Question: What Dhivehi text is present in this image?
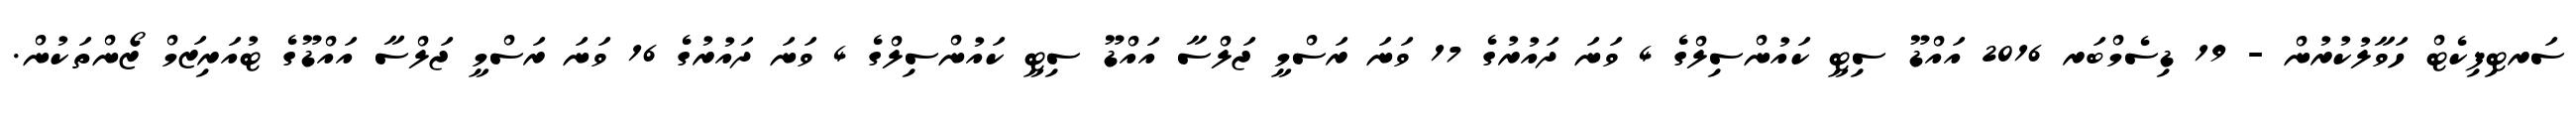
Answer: ސަރޓިފިކެޓް ހަވާލުކުރުން - 19 ޑިސެމްބަރ 2016 އައްޑޫ ސިޓީ ކައުންސިލްގެ 4 ވަނަ ދައުރުގެ 17 ވަނަ ރަސްމީ ޖަލްސާ އައްޑޫ ސިޓީ ކައުންސިލްގެ 4 ވަނަ ދައުރުގެ 16 ވަނަ ރަސްމީ ޖަލްސާ އައްޑޫގެ ޓުއަރިޒަމް ޒޯންތަކުން.